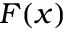
F ( x )